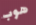
هوب